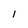
Character: 1